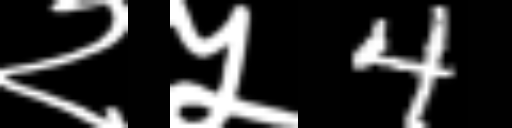
Text: २५4